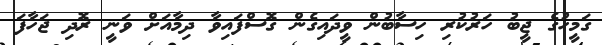
ގަމީހުގެ ޖީބު ހަރުކުރި ހިސާބުން ވީދައިގެން ގޮސްފައިވާ ދިމާއަށް ވަނީ ރޮދި ޖަހާފަ